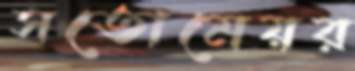
সতোমেয়র